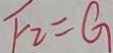
F _ { 2 } = G